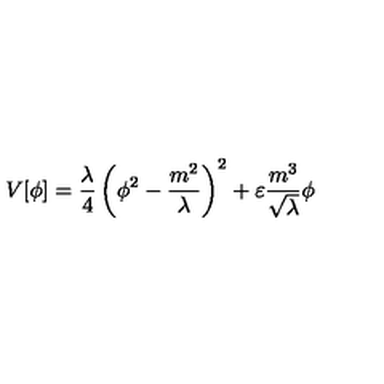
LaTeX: V [ \phi ] = \frac { \lambda } { 4 } \left( \phi ^ { 2 } - \frac { m ^ { 2 } } { \lambda } \right) ^ { 2 } + \varepsilon \frac { m ^ { 3 } } { \sqrt \lambda } \phi